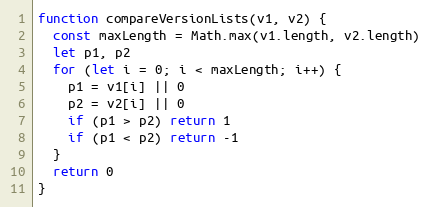
Language: JavaScript
function compareVersionLists(v1, v2) {
  const maxLength = Math.max(v1.length, v2.length)
  let p1, p2
  for (let i = 0; i < maxLength; i++) {
    p1 = v1[i] || 0
    p2 = v2[i] || 0
    if (p1 > p2) return 1
    if (p1 < p2) return -1
  }
  return 0
}